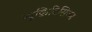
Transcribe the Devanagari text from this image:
न्यूक्रिटिसिज्म